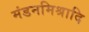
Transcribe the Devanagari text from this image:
मंडनमिश्रादि